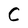
Character: C